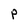
Character: P